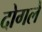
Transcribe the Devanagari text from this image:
दोगले